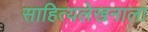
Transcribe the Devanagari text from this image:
साहित्यलेखनाला